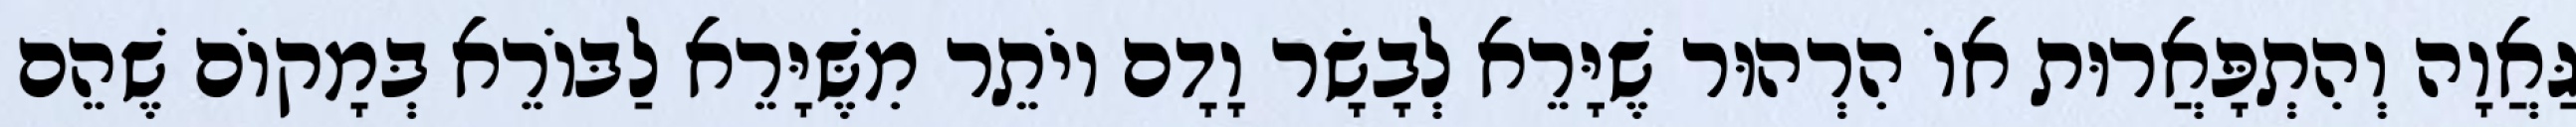
גַּאֲוָה וְהִתְפָּאֲרוּת אוֹ הִרְהוּר שֶׁיָּרֵא לְבָשָׂר וָדָם יוֹתֵר מִשֶּׁיָּרֵא לַבּוֹרֵא בְּמָקוֹם שֶׁהֵם